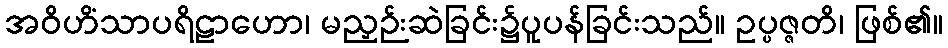
အဝိဟိံသာပရိဠာဟော၊ မညှဉ်းဆဲခြင်း၌ပူပန်ခြင်းသည်။ ဥပ္ပဇ္ဇတိ၊ ဖြစ်၏။